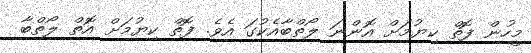
މީހުން ފޮތް ކިޔުމަށް އޮންނަ ލޯތްބާއެކުގަ އެވެ. ފޮތް ކިޔުމަށް އޮތް ލޯތްބާ